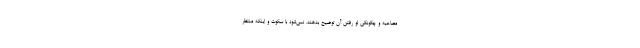
مصاحبه و چگونگی لو رفتن آن توضیح بدهند. نمی‌شود با سکوت و اینکه منتظر